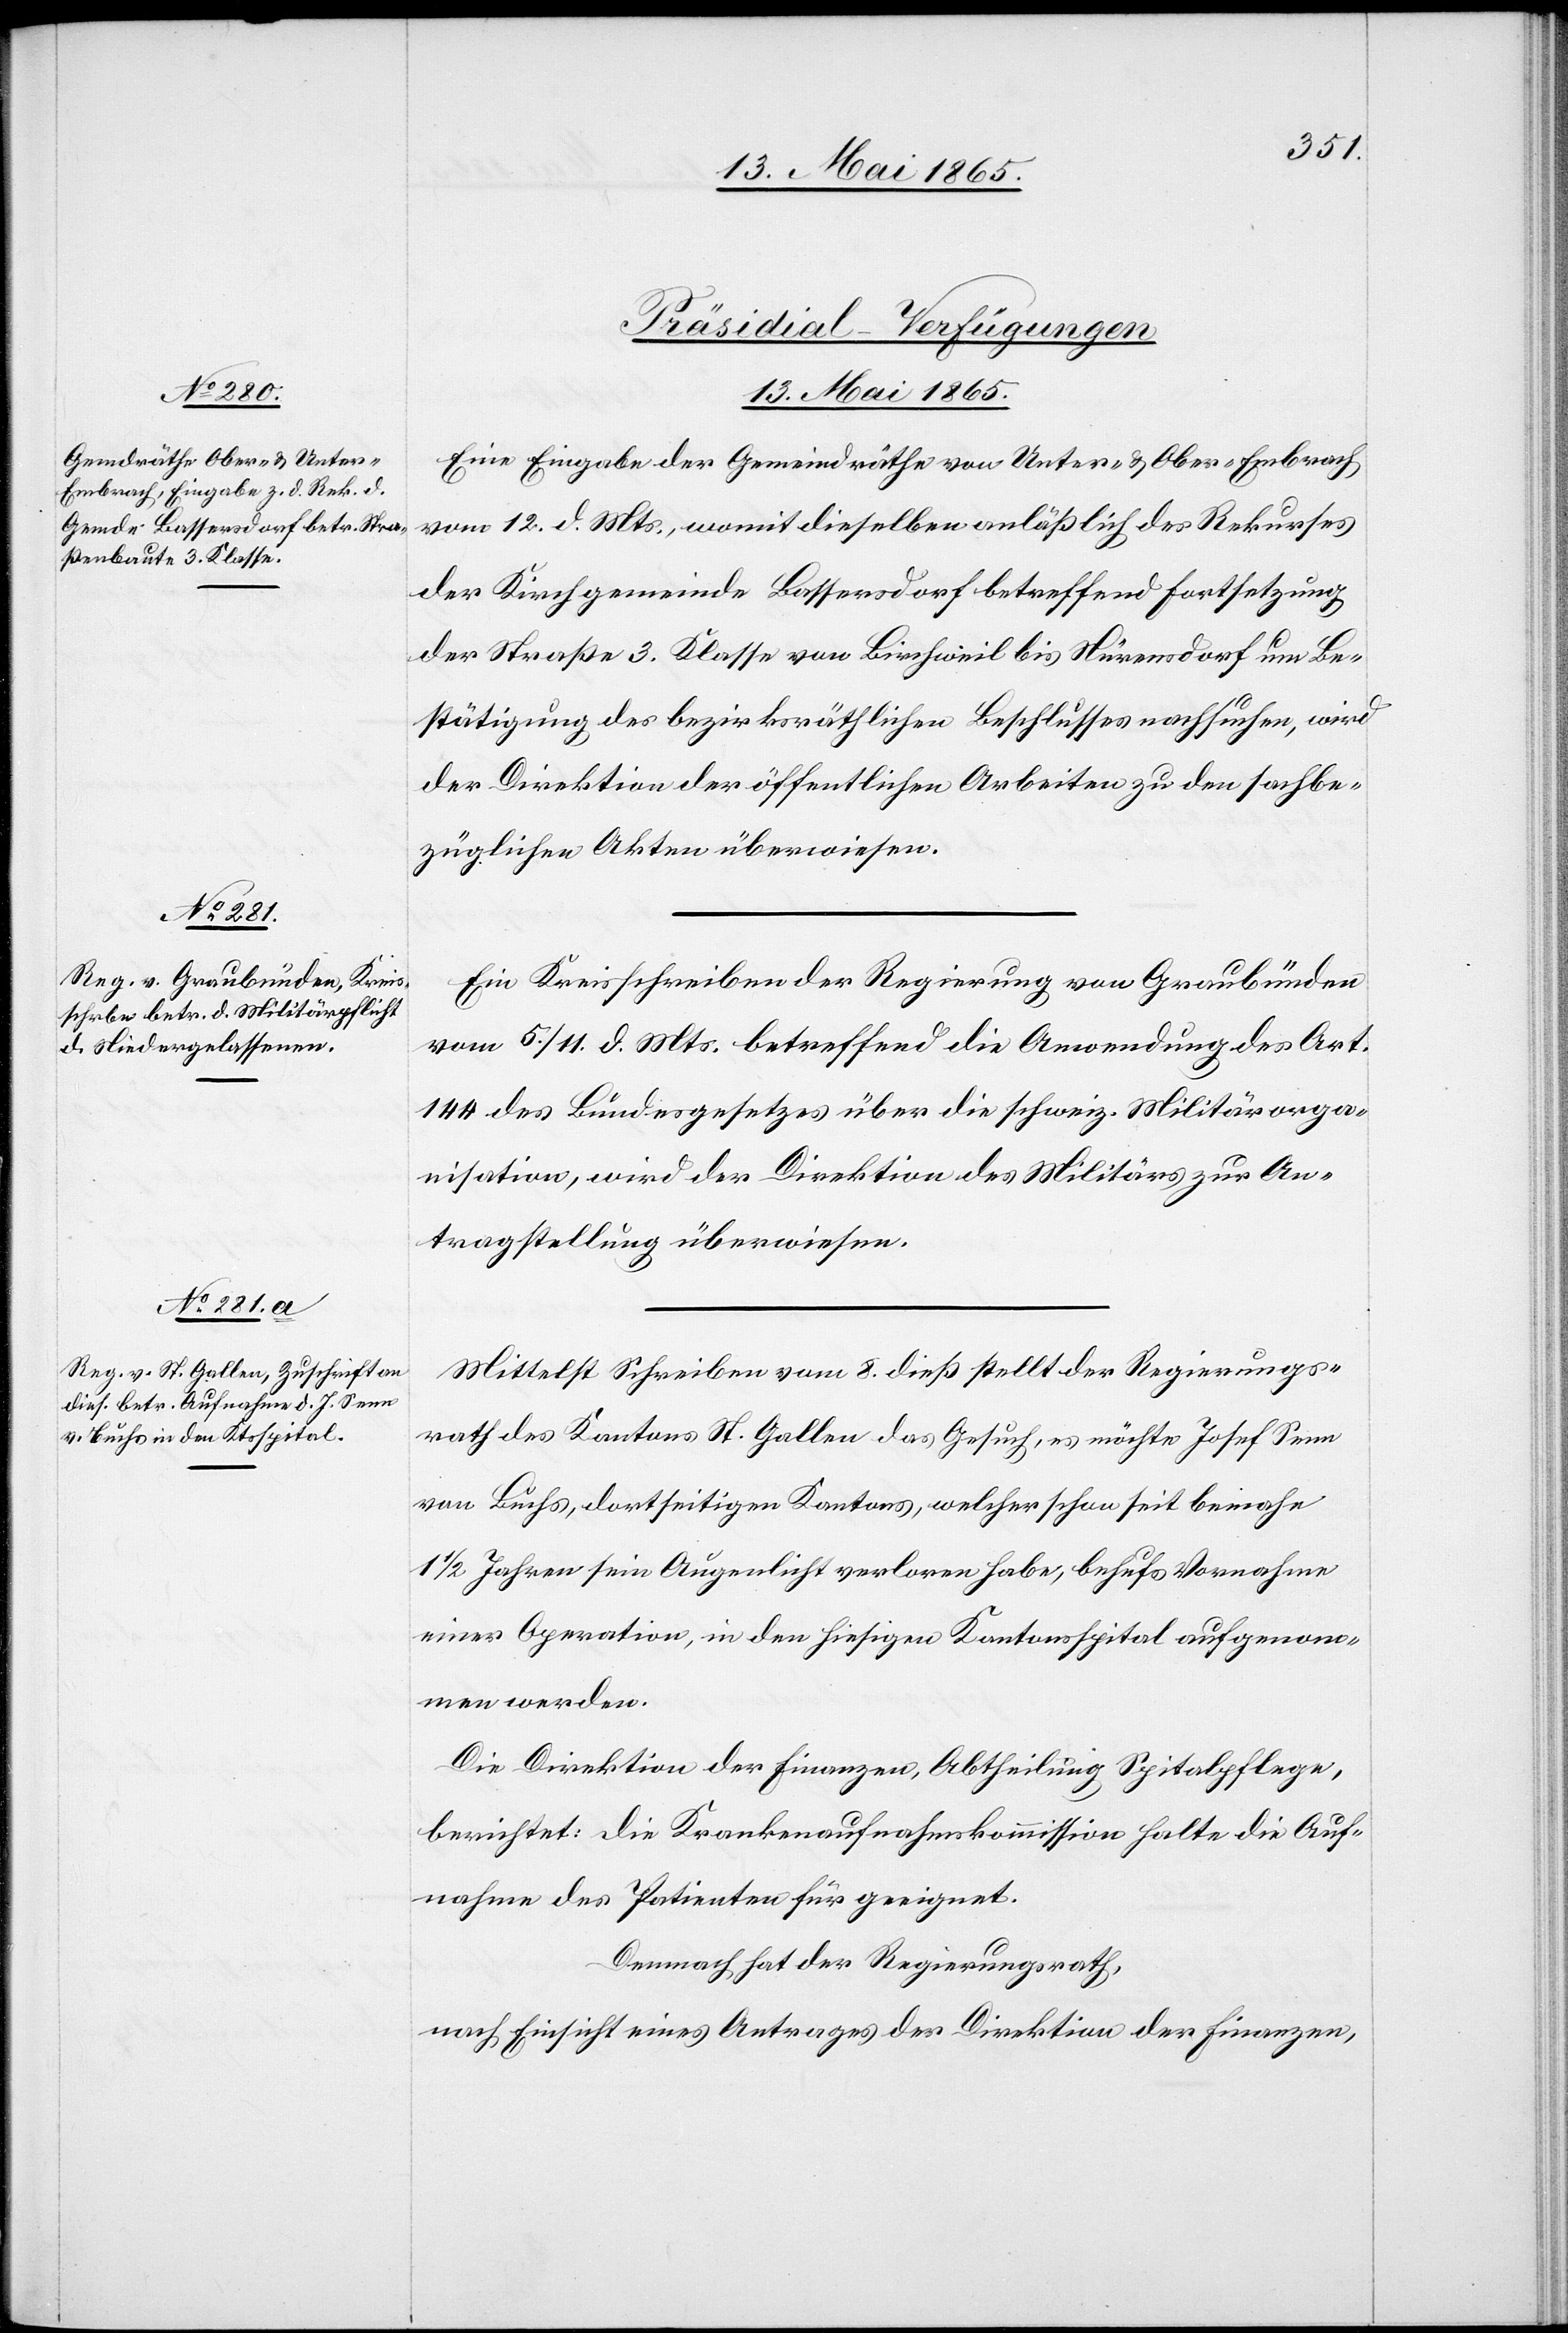
13. Mai 1865.]
[Präsidial-Verfügungen
Eine Eingabe der Gemeindräthe von Unter- & Ober-Embrach
vom 12. d. Mts., womit dieselben anläßlich des Rekurses
der Kirchgemeinde Bassersdorf betreffend Fortsetzung
der Straße 3. Klasse von Birchweil bis Nürensdorf um Be¬
stätigung des bezirksräthlichen Beschlusses nachsuchen, wird
der Direktion der öffentlichen Arbeiten zu den sachbe¬
züglichen Akten überwiesen.
Ein Kreisschreiben der Regierung von Graubünden
vom 5./11. d. Mts. betreffend die Anwendung des Art.
144 des Bundesgesetzes über die schweiz. Militärorga¬
nisation, wird der Direktion des Militärs zur An¬
tragstellung überwiesen.
Mittelst Schreiben vom 8. dieß stellt der Regierungs¬
rath des Kantons St. Gallen das Gesuch, es möchte Josef Senn
von Buchs, dortseitigen Kantons, welcher schon seit beinahe
1 ½ Jahren sein Augenlicht verloren habe, behufs Vornahme
einer Operation, in den hiesigen Kantonsspital aufgenom¬
men werden.
Die Direktion der Finanzen, Abtheilung Spitalpflege,
berichtet: Die Krankenaufnahmskommission halte die Auf¬
nahme des Patienten für geeignet.
Demnach hat der Regierungsrath,
nach Einsicht eines Antrages der Direktion der Finanzen,